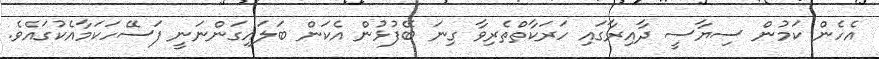
އެހެން ކަމުން ސިޔާސީ ދާއިރާގައި ހަރަކާތްތެރިވާ ގިނަ ބޭފުޅުން އެކަން ބަލައިގަންނަނީ ފަސޭހަކަމާއެކުގައެވެ.